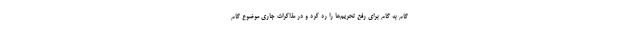
گام به گام برای رفع تحریم‌ها را رد کرد و در مذاکرات جاری موضوع گام